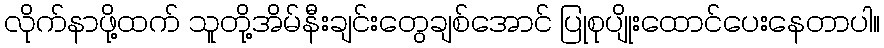
လိုက်နာဖို့ထက် သူတို့အိမ်နီးချင်းတွေချစ်အောင် ပြုစုပျိုးထောင်ပေးနေတာပါ။